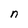
Character: n